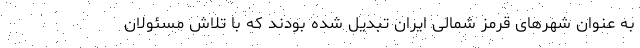
به عنوان شهرهای قرمز شمالی ایران تبدیل شده بودند که با تلاش مسئولان